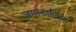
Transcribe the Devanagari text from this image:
जामडालिया